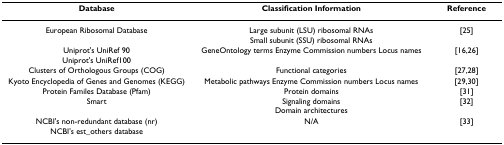
| Database | Classification Information | Reference |
 | --- | --- | --- |
 | European Ribosomal Database | Large subunit (LSU) ribosomal RNAsSmall subunit (SSU) ribosomal RNAs | [25] |
 | Uniprot's UniRef 90 | GeneOntology terms Enzyme Commission numbers Locus names | [16,26] |
 | Uniprot's UniRef100 |  |  |
 | Clusters of Orthologous Groups (COG) | Functional categories | [27,28] |
 | Kyoto Encyclopedia of Genes and Genomes (KEGG) | Metabolic pathways Enzyme Commission numbers Locus names | [29,30] |
 | Protein Familes Database (Pfam) | Protein domains | [31] |
 | Smart | Signaling domainsDomain architectures | [32] |
 | NCBI's non-redundant database (nr) | N/A | [33] |
 | NCBI's est_others database |  |  |